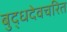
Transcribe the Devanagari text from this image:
बुद्धदेवचरित